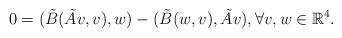
LaTeX: \begin{align*}0=(\tilde{B}(\tilde{A}v,v),w)-(\tilde{B}(w,v),\tilde{A}v), \forall v,w \in \mathbb{R}^4.\end{align*}